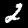
Label: 2